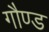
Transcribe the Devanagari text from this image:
गौण्ड